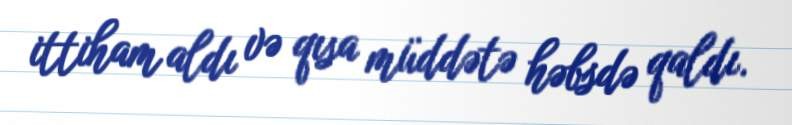
ittiham aldı və qısa müddətə həbsdə qaldı.